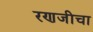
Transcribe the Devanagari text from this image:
रणजीचा